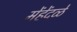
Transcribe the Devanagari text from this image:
मेंहेंदळे